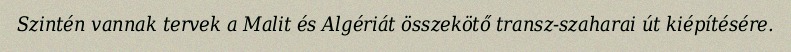
Szintén vannak tervek a Malit és Algériát összekötő transz-szaharai út kiépítésére.